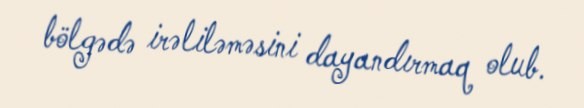
bölgədə irəliləməsini dayandırmaq olub.